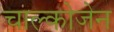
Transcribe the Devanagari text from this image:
चाल्कोजेन